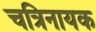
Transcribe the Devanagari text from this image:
चत्रिनायक